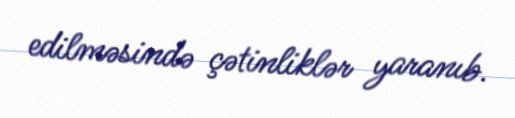
edilməsində çətinliklər yaranıb.